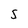
Character: S